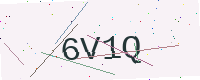
Text: 6V1Q